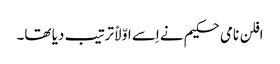
افلن نامی حکیم نے اِسے اوّلاً ترتیب دیا تھا۔